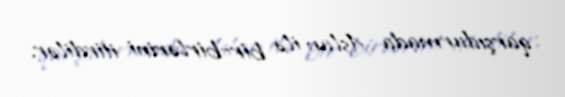
qarşıdurmada Aslan ilə bir-birlərini itirdilər.